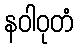
နဝါဝုတံ